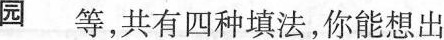
圆 等，共有四种填法，你能想出